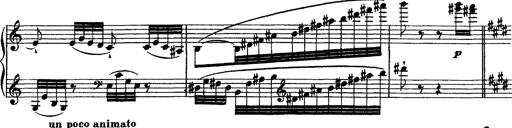
Title: Grandes Ã©tudes de Paganini
Composer: Franz Liszt